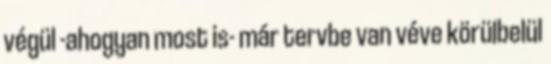
végül -ahogyan most is- már tervbe van véve körülbelül